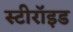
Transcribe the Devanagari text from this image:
स्टीरॉइड